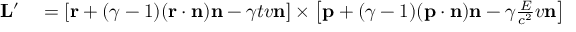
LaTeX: \begin{array} { r l } { \mathbf { L } ^ { \prime } } & { { } = \left[ \mathbf { r } + ( \gamma - 1 ) ( \mathbf { r } \cdot \mathbf { n } ) \mathbf { n } - \gamma t v \mathbf { n } \right] \times \left[ \mathbf { p } + ( \gamma - 1 ) ( \mathbf { p } \cdot \mathbf { n } ) \mathbf { n } - \gamma { \frac { E } { c ^ { 2 } } } v \mathbf { n } \right] } \end{array}